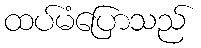
ထပ်မံပြောသည်